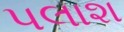
પલાશ